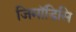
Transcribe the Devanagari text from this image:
जिमॉडिसि